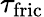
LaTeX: \tau_{\mathrm{fric}}